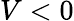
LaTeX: V<0